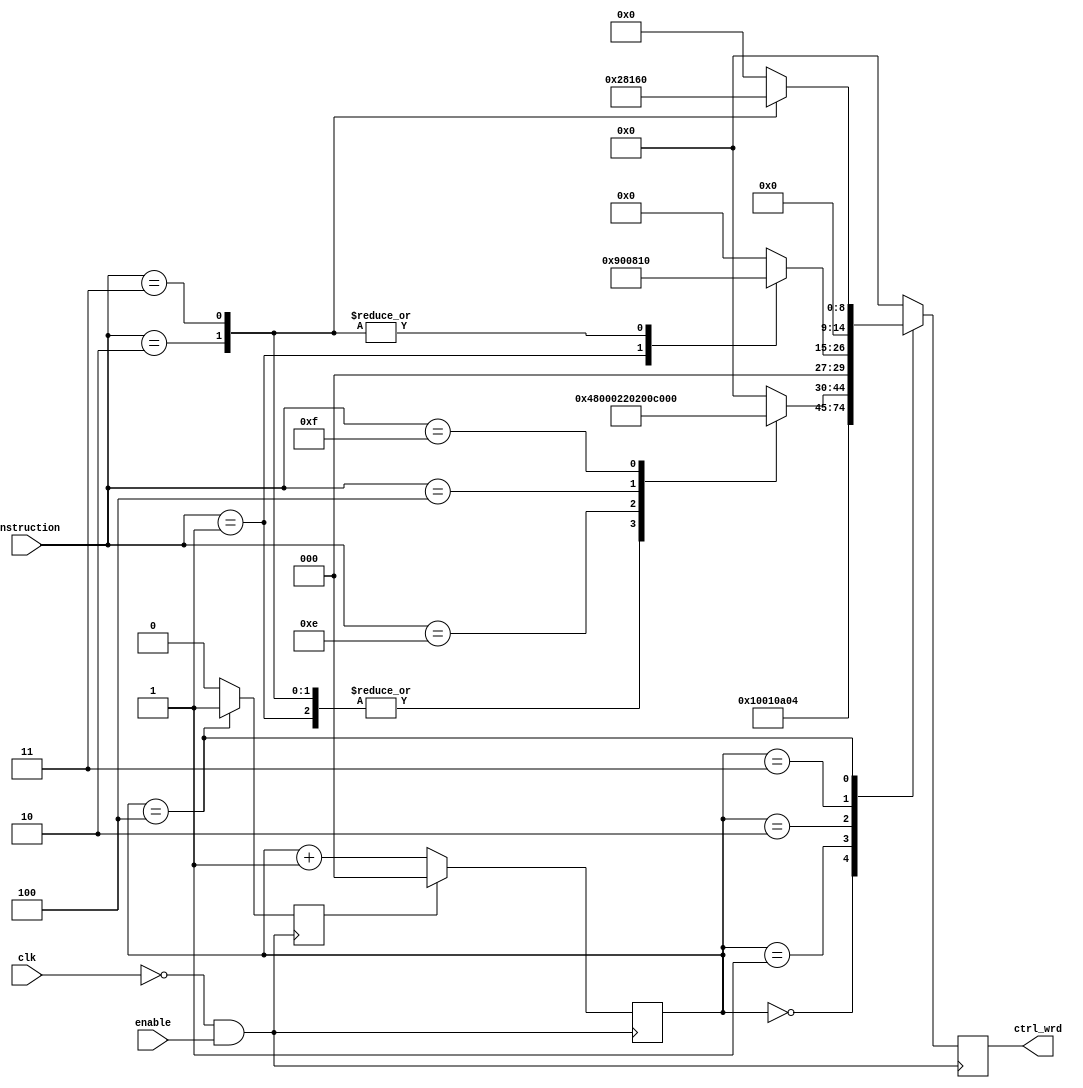
`timescale 1ns/1ps
module IC(input clk, input enable, input [3:0] Instruction, output reg [14:0] ctrl_wrd);
wire CLK;
//reg [3:0] Instruction;
assign CLK = (~clk & enable);
reg [2:0] Inst_count;
reg reset_in;

initial begin
    Inst_count <= 3'b111;
    reset_in <= 1'b0;
end
always @ (posedge CLK)
    begin
        Inst_count <= reset_in ? 3'b000 : Inst_count+1;
        reset_in <= 1'b0;
        case(Inst_count)//HLT, MI, RI, RO, IO, II, AI, AO, SO, SU, BI, OI, CE, CO, J;
            3'b000: ctrl_wrd <= 15'b010000000000010;
            3'b001: ctrl_wrd <= 15'b000101000000100;
            3'b010: begin
                    case(Instruction)
                    4'b0001: ctrl_wrd <= 15'b010010000000000; // LDA
                    4'b0010: ctrl_wrd <= 15'b010010000000000; //ADD
                    4'b0011: ctrl_wrd <= 15'b010010000000000;  //SUBT
                    4'b1110: ctrl_wrd <= 15'b000000010001000; // OUT
                    4'b0100: ctrl_wrd <= 15'b000010000000001; // JMP
                    4'b1111: ctrl_wrd <= 15'b100000000000000; // HLT
                    default: ctrl_wrd <= 15'b000000000000000;
                    endcase 
                    end      
            3'b011: begin
                    case(Instruction)
                    4'b0001: ctrl_wrd <= 15'b000100100000000; // LDA
                    4'b0010: ctrl_wrd <= 15'b000100000010000; //ADD
                    4'b0011: ctrl_wrd <= 15'b000100000010000; //SUBT
                    4'b1110: ctrl_wrd <= 15'b000000000000000; // OUT
                    4'b0100: ctrl_wrd <= 15'b000000000000000; // JMP
                    4'b1111: ctrl_wrd <= 15'b000000000000000; // HLT
                    default: ctrl_wrd <= 15'b000000000000000;
                    endcase             
                    end
            3'b100: begin
                    case(Instruction)
                    4'b0001: ctrl_wrd <= 15'b000000000000000; // LDA done
                    4'b0010: ctrl_wrd <= 15'b000000101000000; //ADD
                    4'b0011: ctrl_wrd <= 15'b000000101100000; //SUBT
                    4'b1110: ctrl_wrd <= 15'b000000000000000; // OUT
                    4'b0100: ctrl_wrd <= 15'b000000000000000; // JMP
                    4'b1111: ctrl_wrd <= 15'b000000000000000; // HLT
                    default: ctrl_wrd <= 15'b000000000000000;
                    endcase 
                    reset_in <= 1'b1; // Have some doubt here..... Maybe this part can go wrong .....
                    end                  
            default: ctrl_wrd <= 15'b000000000000000;
        endcase                          
    end


endmodule